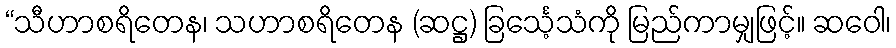
“သီဟာစရိတေန၊ သဟာစရိတေန (ဆဋ္ဌ) ခြင်္သေ့သံကို မြည်ကာမျှဖြင့်။ ဆဝေါ၊